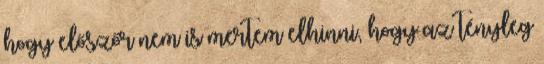
hogy előszőr nem is mertem elhinni, hogy az tényleg